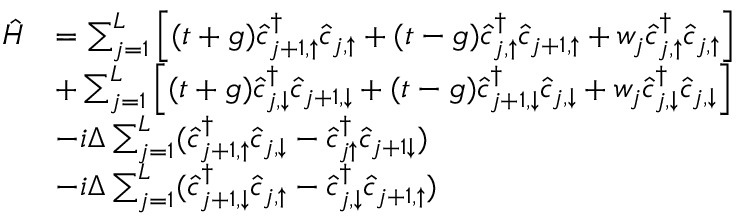
\begin{array} { r l } { \hat { H } } & { = \sum _ { j = 1 } ^ { L } \left[ ( t + g ) \hat { c } _ { j + 1 , \uparrow } ^ { \dagger } \hat { c } _ { j , \uparrow } + ( t - g ) \hat { c } _ { j , \uparrow } ^ { \dagger } \hat { c } _ { j + 1 , \uparrow } + w _ { j } \hat { c } _ { j , \uparrow } ^ { \dagger } \hat { c } _ { j , \uparrow } \right] } \\ & { + \sum _ { j = 1 } ^ { L } \left[ ( t + g ) \hat { c } _ { j , \downarrow } ^ { \dagger } \hat { c } _ { j + 1 , \downarrow } + ( t - g ) \hat { c } _ { j + 1 , \downarrow } ^ { \dagger } \hat { c } _ { j , \downarrow } + w _ { j } \hat { c } _ { j , \downarrow } ^ { \dagger } \hat { c } _ { j , \downarrow } \right] } \\ & { - i \Delta \sum _ { j = 1 } ^ { L } ( \hat { c } _ { j + 1 , \uparrow } ^ { \dagger } \hat { c } _ { j , \downarrow } - \hat { c } _ { j \uparrow } ^ { \dagger } \hat { c } _ { j + 1 \downarrow } ) } \\ & { - i \Delta \sum _ { j = 1 } ^ { L } ( \hat { c } _ { j + 1 , \downarrow } ^ { \dagger } \hat { c } _ { j , \uparrow } - \hat { c } _ { j , \downarrow } ^ { \dagger } \hat { c } _ { j + 1 , \uparrow } ) } \end{array}